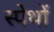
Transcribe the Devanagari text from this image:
स्पेथों